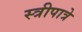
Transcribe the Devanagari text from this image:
स्त्रीपात्रे